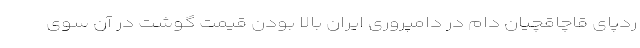
ردپای قاچاقچیان دام در دامپروری ایران بالا بودن قیمت گوشت در آن سوی